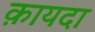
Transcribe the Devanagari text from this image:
क़ायदा